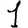
Digit: 1